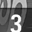
Digit: 3